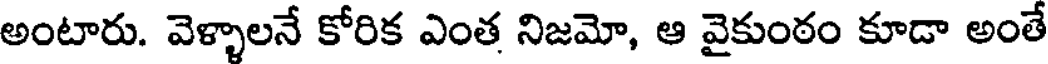
అంటారు. వెళ్ళాలనే కోరిక ఎంత నిజమో, ఆ వైకుంఠం కూడా అంతే